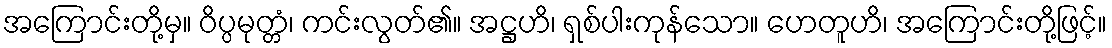
အကြောင်းတို့မှ။ ဝိပ္ပမုတ္တံ၊ ကင်းလွတ်၏။ အဋ္ဌဟိ၊ ရှစ်ပါးကုန်သော။ ဟေတူဟိ၊ အကြောင်းတို့ဖြင့်။